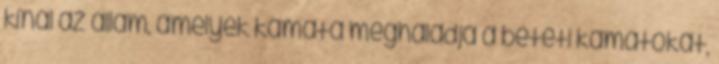
kínál az állam, amelyek kamata meghaladja a betéti kamatokat,